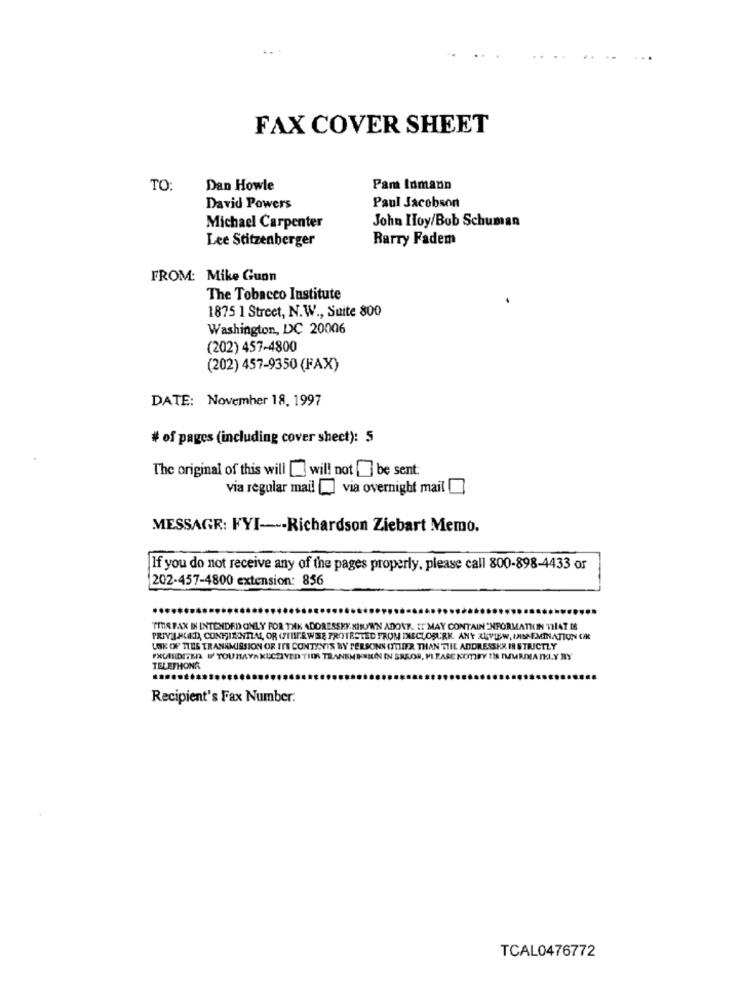
FAX COVER SHEET
TO:
Dan Howle
Pam Inmann
David Powers
Paul Jacobson
John Hoy/Bob Schuman
Michael Carpenter
Lee Stitzenberger
Rarry Fadem
FROM: Mike Gunn
The Tobacco Institute
1875 1 Street, N.W ., Suite 800
Washington, DC 20006
(202) 457-4800
(202) 457-9350 (FAX)
DATE: November 18. 1997
# of pages (including cover sheet): 5
The original of this will [ will not be sent:
via regular mail [ via overnight mail
MESSAGE: FYI --- Richardson Ziebart Memo.
If you do not receive any of the pages properly, please call 800-898-4433 or
202-457-4800 extension: 856
...
"TIR PAX IN INTENDED ONLY POR THK ADDRESSKENINUW'N ADONT. IT MAY CONTAIN INFORMATION THAT IS
PRIVIL HUID, CONTINENTIAL OR (THREWSE PROTESTED FROM INECLOSURE. ANY REVIEW, IMISEMINATION OK
USK OF TIDS TRANSMISSION OR ITS CONTENTS BY PERSONS (TTLIER THAN THE ADDRESSKK IS STRICTLY
FXUNSDETER I' YOUMAYAKUCHIVED TIERS TRANSMISIUN IN SRROR, MI ZASE NOTIFY !'S IMURDIATH.Y BY
TELETHONR
Recipient's Fax Number:
TCAL0476772